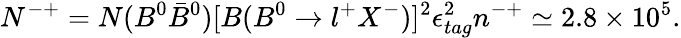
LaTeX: N^{-+}=N(B^{0}\bar{B}^{0})[B(B^{0}\to l^{+}X^{-})]^{2}\epsilon_{tag}^{2}n^{-+}\simeq 2.8\times 10^{5}.